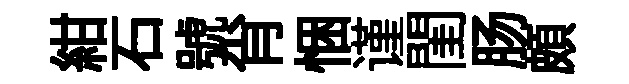
紺石號肖悃谨閨肠頗